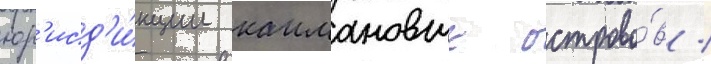
юр'исд'и́кции каимановых острово́в /